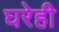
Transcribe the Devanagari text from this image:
घरेही